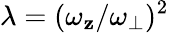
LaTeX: \lambda=(\omega_{\mathbf{z}}/\omega_{\perp})^{2}